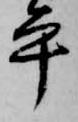
平